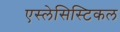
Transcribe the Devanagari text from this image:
एस्लेसिस्टिकल